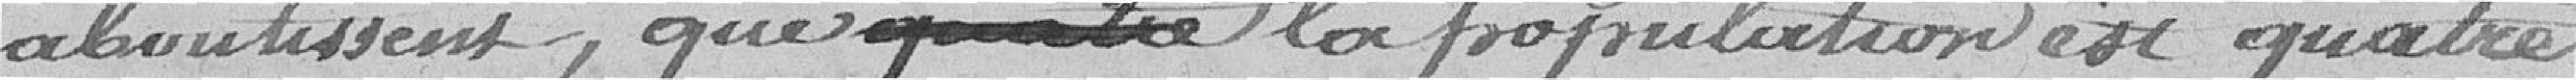
aboutissent ; que la population est quatre